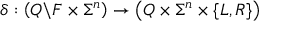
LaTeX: \delta : \left( Q \backslash F \times \Sigma ^ { n } \right) \rightarrow \left( Q \times \Sigma ^ { n } \times \{ L , R \} \right)